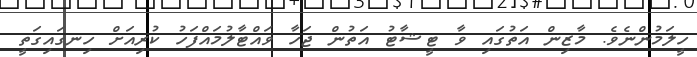
ހީލަމުންނެވެ. މާޒިން އަތުގައި ވާ ޓީޝާޓު އަތުން ޖަހާ ވައްޓާލުމައްފަހު ކުރިއަށް ހިނގައިގަތީ